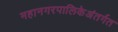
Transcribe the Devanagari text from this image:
महानगरपालिकेअंतर्गत